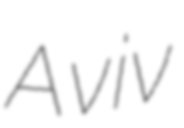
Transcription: Aviv